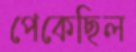
পেকেছিল